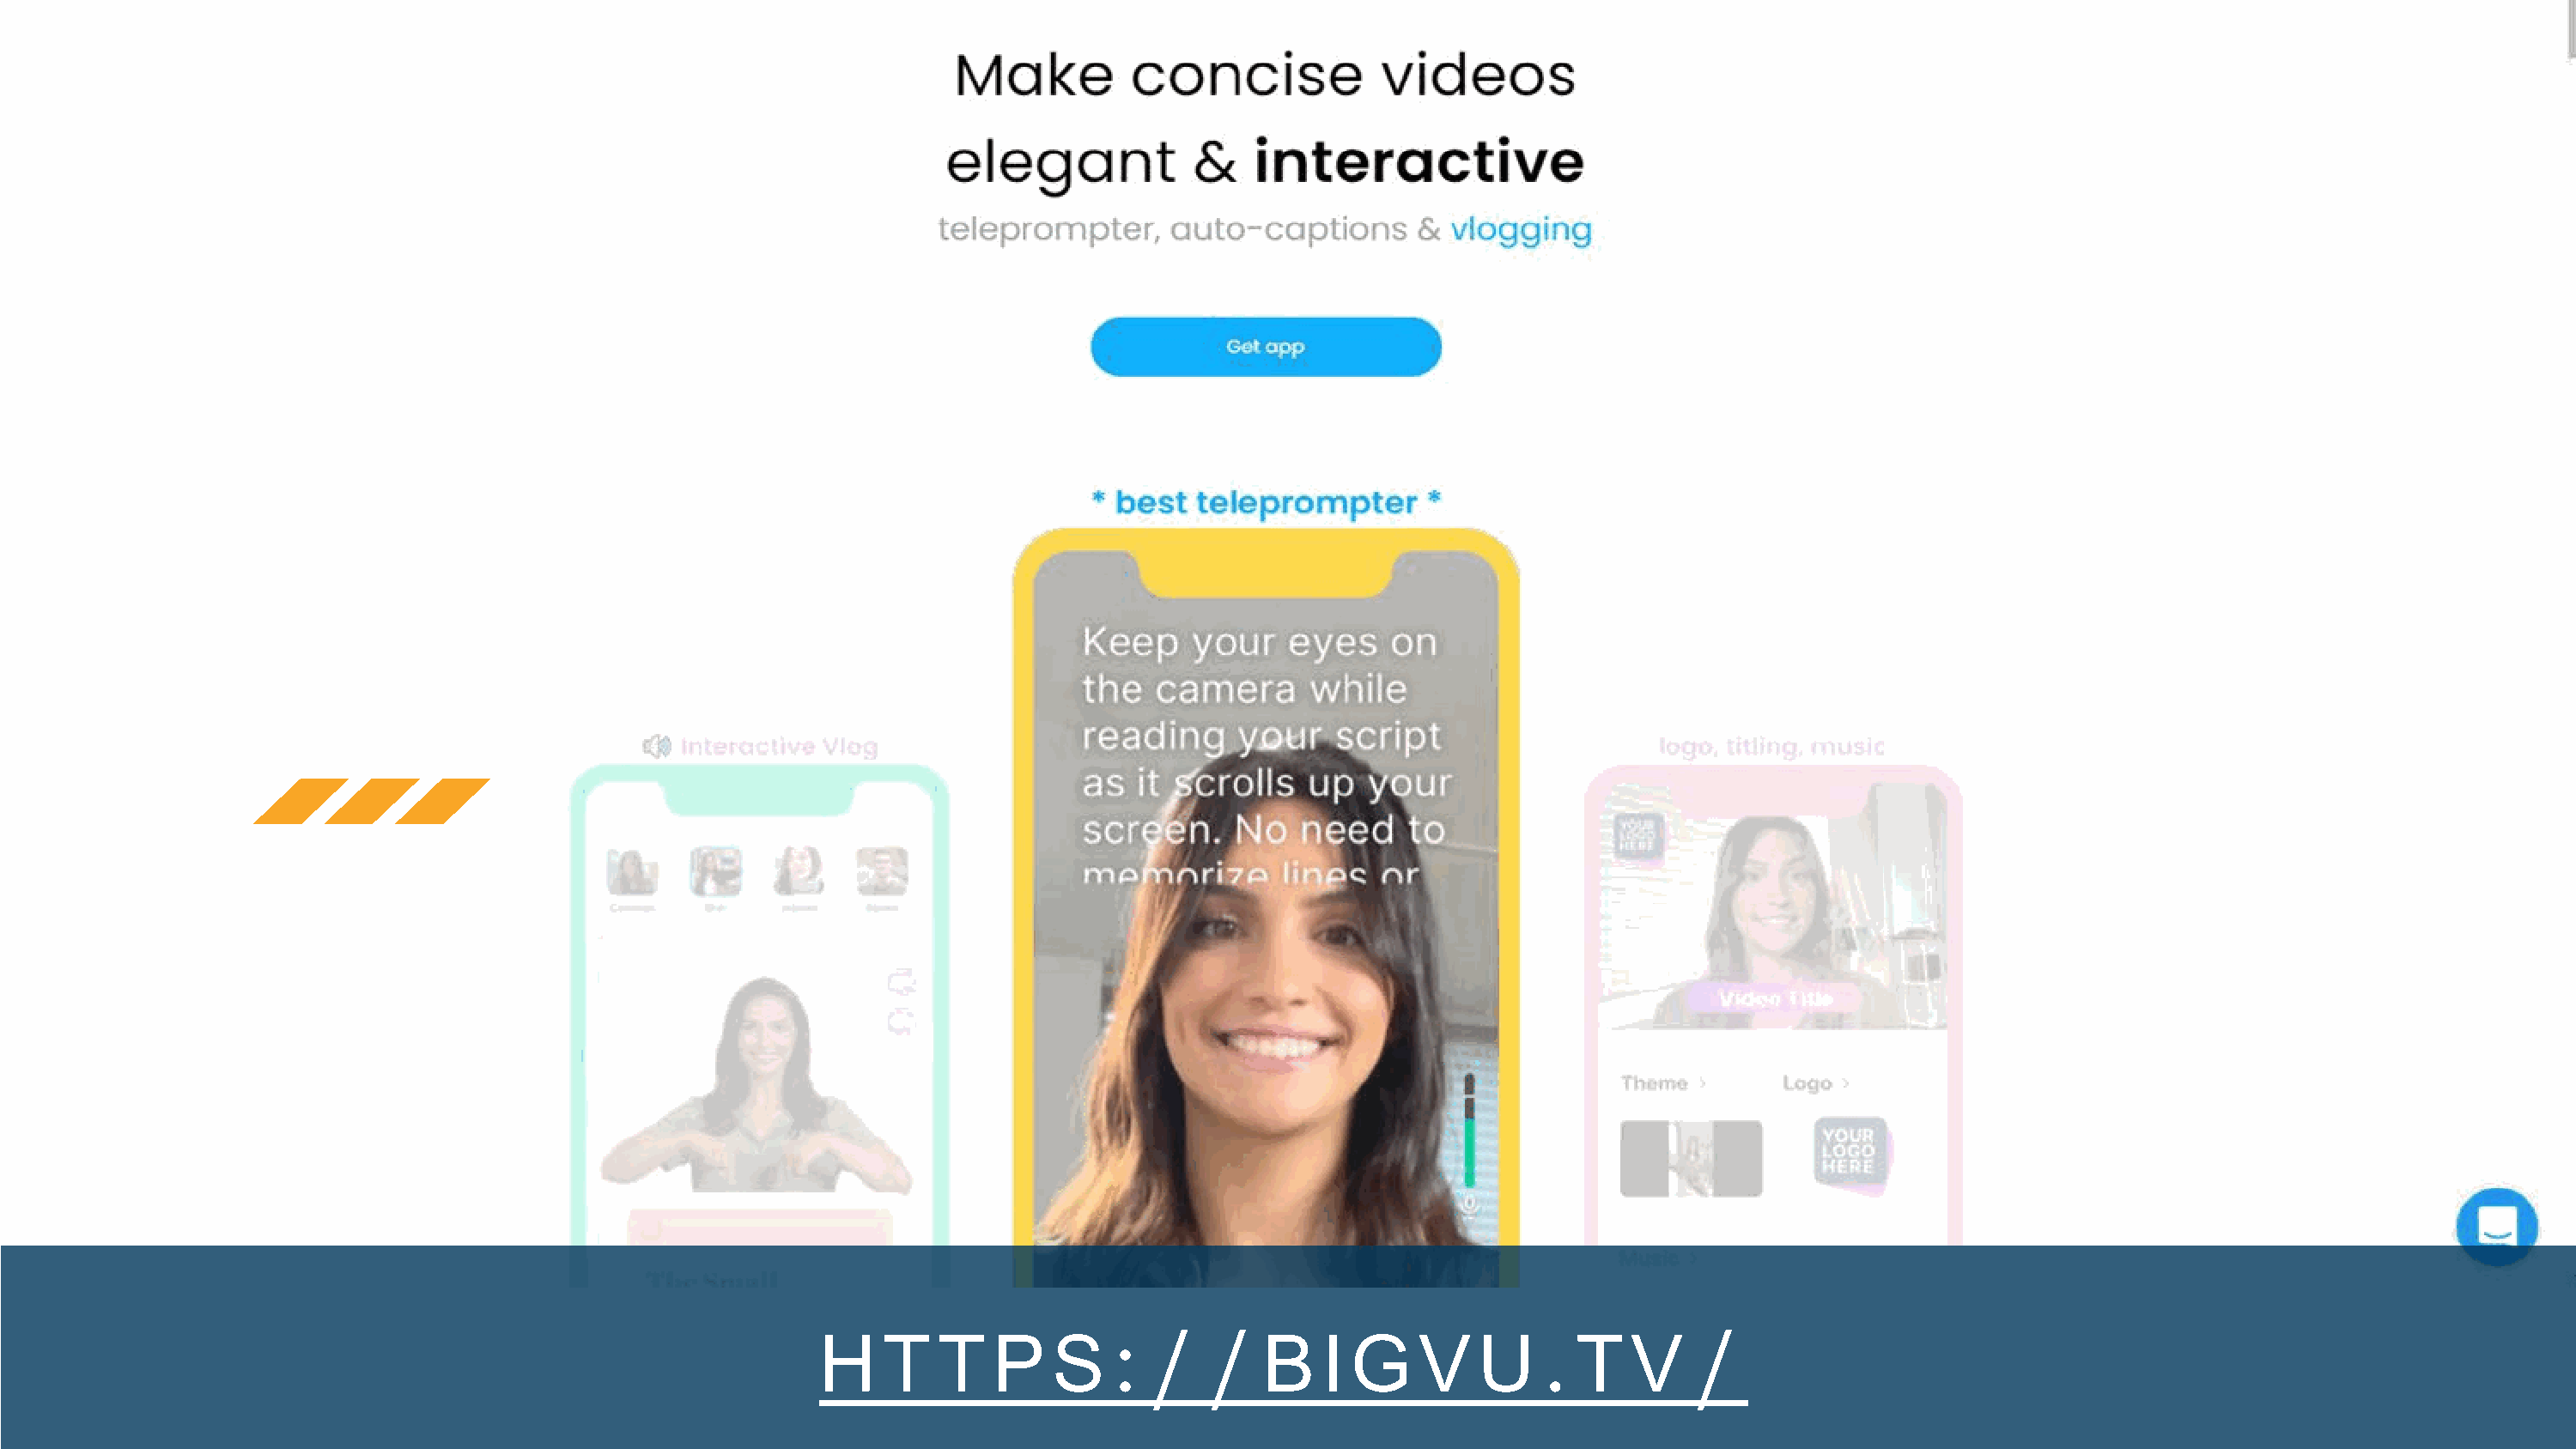
: /    /                         .          /
 H    T   T    P   S               B    I G    V    U       T   V